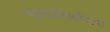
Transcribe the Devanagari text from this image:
सामाजिकरित्या